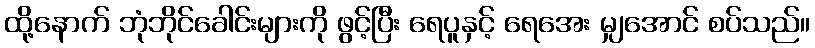
ထို့နောက် ဘုံဘိုင်ခေါင်းများကို ဖွင့်ပြီး ရေပူနှင့် ရေအေး မျှအောင် စပ်သည်။